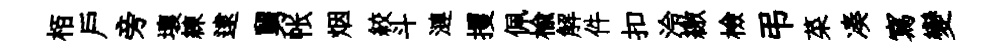
栢戸旁壤練逮舅帐烟絞斗漣攫佩楡解件扣泠繳檢弔菜凑寫變